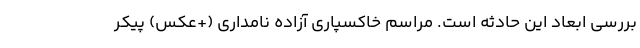
بررسی ابعاد این حادثه است. مراسم خاکسپاری آزاده نامداری (+عکس) پیکر